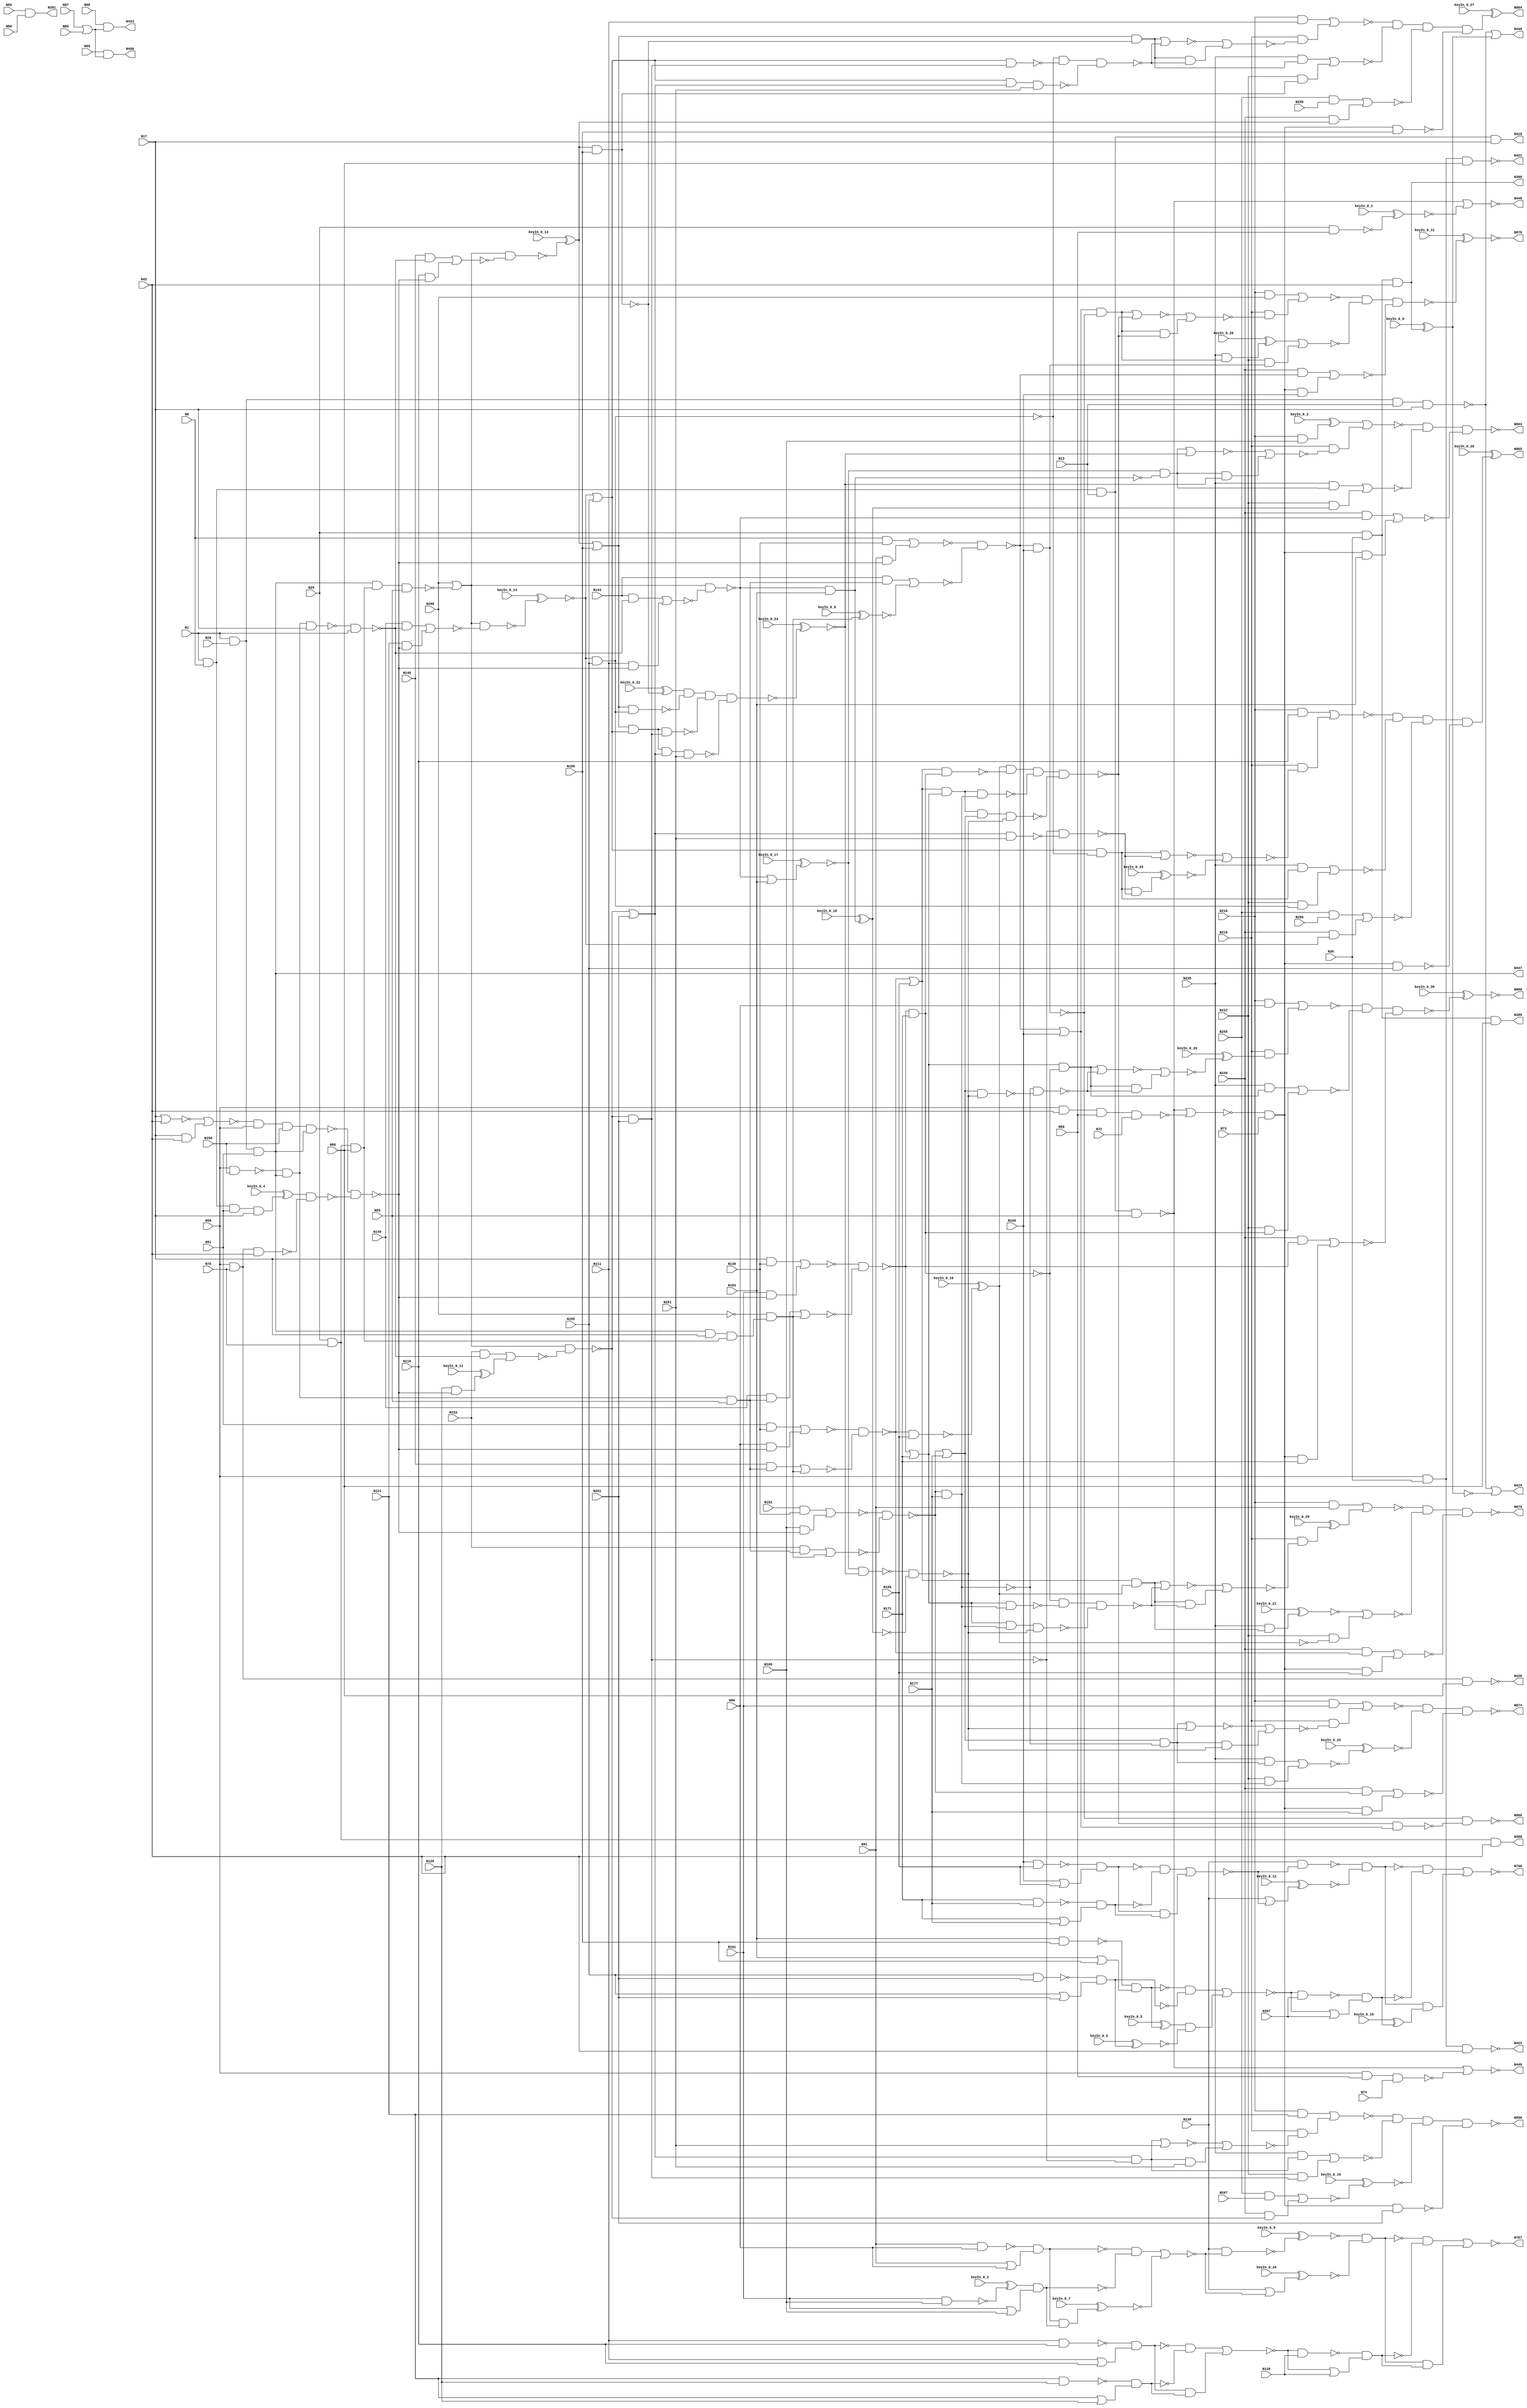
// This program was cloned from: https://github.com/matthewdelorenzo/CreativEval
// License: BSD 3-Clause "New" or "Revised" License

`timescale 1ns / 1ps
// Verilog
// c880
// Ninputs 60
// Noutputs 26
// NtotalGates 383
// NAND4 13
// AND3 12
// NAND2 60
// NAND3 14
// AND2 105
// OR2 29
// NOT1 63
// NOR2 61
// BUFF1 26

module top (N1,N8,N13,N17,N26,N29,N36,N42,N51,N55,
             N59,N68,N72,N73,N74,N75,N80,N85,N86,N87,
             N88,N89,N90,N91,N96,N101,N106,N111,N116,N121,
             N126,N130,N135,N138,N143,N146,N149,N152,N153,N156,
             N159,N165,N171,N177,N183,N189,N195,N201,N207,N210,
             N219,N228,N237,N246,N255,N259,N260,N261,N267,N268,
             N388,N389,N390,N391,N418,N419,N420,N421,N422,N423,
             N446,N447,N448,N449,N450,N767,N768,N850,N863,N864,
                  N865,N866,N874,N878,N879,N880,
        keyIn_0_0, keyIn_0_1, keyIn_0_2, keyIn_0_3, keyIn_0_4,
        keyIn_0_5, keyIn_0_6, keyIn_0_7, keyIn_0_8, keyIn_0_9,
        keyIn_0_10, keyIn_0_11, keyIn_0_12, keyIn_0_13, keyIn_0_14,
        keyIn_0_15, keyIn_0_16, keyIn_0_17, keyIn_0_18, keyIn_0_19,
        keyIn_0_20, keyIn_0_21, keyIn_0_22, keyIn_0_23, keyIn_0_24,
        keyIn_0_25, keyIn_0_26, keyIn_0_27, keyIn_0_28, keyIn_0_29,
        keyIn_0_30, keyIn_0_31);

  input keyIn_0_0, keyIn_0_1, keyIn_0_2, keyIn_0_3, keyIn_0_4;
  input keyIn_0_5, keyIn_0_6, keyIn_0_7, keyIn_0_8, keyIn_0_9;
  input keyIn_0_10, keyIn_0_11, keyIn_0_12, keyIn_0_13, keyIn_0_14;
  input keyIn_0_15, keyIn_0_16, keyIn_0_17, keyIn_0_18, keyIn_0_19;
  input keyIn_0_20, keyIn_0_21, keyIn_0_22, keyIn_0_23, keyIn_0_24;
  input keyIn_0_25, keyIn_0_26, keyIn_0_27, keyIn_0_28, keyIn_0_29;
  input keyIn_0_30, keyIn_0_31;

  wire [0:31] KeyWire_0;
  wire [0:19] KeyNOTWire_0;

input N1,N8,N13,N17,N26,N29,N36,N42,N51,N55,
      N59,N68,N72,N73,N74,N75,N80,N85,N86,N87,
      N88,N89,N90,N91,N96,N101,N106,N111,N116,N121,
      N126,N130,N135,N138,N143,N146,N149,N152,N153,N156,
      N159,N165,N171,N177,N183,N189,N195,N201,N207,N210,
      N219,N228,N237,N246,N255,N259,N260,N261,N267,N268;

output N388,N389,N390,N391,N418,N419,N420,N421,N422,N423,
       N446,N447,N448,N449,N450,N767,N768,N850,N863,N864,
       N865,N866,N874,N878,N879,N880;

wire N269,N270,N273,N276,N279,N280,N284,N285,N286,N287,
     N290,N291,N292,N293,N294,N295,N296,N297,N298,N301,
     N302,N303,N304,N305,N306,N307,N308,N309,N310,N316,
     N317,N318,N319,N322,N323,N324,N325,N326,N327,N328,
     N329,N330,N331,N332,N333,N334,N335,N336,N337,N338,
     N339,N340,N341,N342,N343,N344,N345,N346,N347,N348,
     N349,N350,N351,N352,N353,N354,N355,N356,N357,N360,
     N363,N366,N369,N375,N376,N379,N382,N385,N392,N393,
     N399,N400,N401,N402,N403,N404,N405,N406,N407,N408,
     N409,N410,N411,N412,N413,N414,N415,N416,N417,N424,
     N425,N426,N427,N432,N437,N442,N443,N444,N445,N451,
     N460,N463,N466,N475,N476,N477,N478,N479,N480,N481,
     N482,N483,N488,N489,N490,N491,N492,N495,N498,N499,
     N500,N501,N502,N503,N504,N505,N506,N507,N508,N509,
     N510,N511,N512,N513,N514,N515,N516,N517,N518,N519,
     N520,N521,N522,N523,N524,N525,N526,N527,N528,N529,
     N530,N533,N536,N537,N538,N539,N540,N541,N542,N543,
     N544,N547,N550,N551,N552,N553,N557,N561,N565,N569,
     N573,N577,N581,N585,N586,N587,N588,N589,N590,N593,
     N596,N597,N600,N605,N606,N609,N615,N616,N619,N624,
     N625,N628,N631,N632,N635,N640,N641,N644,N650,N651,
     N654,N659,N660,N661,N662,N665,N669,N670,N673,N677,
     N678,N682,N686,N687,N692,N696,N697,N700,N704,N705,
     N708,N712,N713,N717,N721,N722,N727,N731,N732,N733,
     N734,N735,N736,N737,N738,N739,N740,N741,N742,N743,
     N744,N745,N746,N747,N748,N749,N750,N751,N752,N753,
     N754,N755,N756,N757,N758,N759,N760,N761,N762,N763,
     N764,N765,N766,N769,N770,N771,N772,N773,N777,N778,
     N781,N782,N785,N786,N787,N788,N789,N790,N791,N792,
     N793,N794,N795,N796,N802,N803,N804,N805,N806,N807,
     N808,N809,N810,N811,N812,N813,N814,N815,N819,N822,
     N825,N826,N827,N828,N829,N830,N831,N832,N833,N834,
     N835,N836,N837,N838,N839,N840,N841,N842,N843,N844,
     N845,N846,N847,N848,N849,N851,N852,N853,N854,N855,
     N856,N857,N858,N859,N860,N861,N862,N867,N868,N869,
     N870,N871,N872,N873,N875,N876,N877;

nand NAND4_1 (N269, N1, N8, N13, N17);
nand NAND4_2 (N270, N1, N26, N13, N17);
  and AND3_3 (KeyWire_0[0], N29, N36, N42);
  xor KeyGate_0_0(KeyNOTWire_0[0], keyIn_0_0, KeyWire_0[0]);
  not KeyNOTGate_0_0(N273, KeyNOTWire_0[0]);
and AND3_4 (N276, N1, N26, N51);
nand NAND4_5 (N279, N1, N8, N51, N17);
nand NAND4_6 (N280, N1, N8, N13, N55);
nand NAND4_7 (N284, N59, N42, N68, N72);
  nand NAND2_8 (KeyWire_0[1], N29, N68);
  xnor KeyGate_0_1(N285, keyIn_0_1, KeyWire_0[1]);
nand NAND3_9 (N286, N59, N68, N74);
and AND3_10 (N287, N29, N75, N80);
and AND3_11 (N290, N29, N75, N42);
and AND3_12 (N291, N29, N36, N80);
and AND3_13 (N292, N29, N36, N42);
and AND3_14 (N293, N59, N75, N80);
and AND3_15 (N294, N59, N75, N42);
and AND3_16 (N295, N59, N36, N80);
and AND3_17 (N296, N59, N36, N42);
and AND2_18 (N297, N85, N86);
or OR2_19 (N298, N87, N88);
nand NAND2_20 (N301, N91, N96);
or OR2_21 (N302, N91, N96);
  nand NAND2_22 (KeyWire_0[2], N101, N106);
  xor KeyGate_0_2(N303, keyIn_0_2, KeyWire_0[2]);
or OR2_23 (N304, N101, N106);
nand NAND2_24 (N305, N111, N116);
or OR2_25 (N306, N111, N116);
nand NAND2_26 (N307, N121, N126);
or OR2_27 (N308, N121, N126);
and AND2_28 (N309, N8, N138);
not NOT1_29 (N310, N268);
and AND2_30 (N316, N51, N138);
and AND2_31 (N317, N17, N138);
and AND2_32 (N318, N152, N138);
nand NAND2_33 (N319, N59, N156);
nor NOR2_34 (N322, N17, N42);
and AND2_35 (N323, N17, N42);
nand NAND2_36 (N324, N159, N165);
or OR2_37 (N325, N159, N165);
nand NAND2_38 (N326, N171, N177);
or OR2_39 (N327, N171, N177);
nand NAND2_40 (N328, N183, N189);
or OR2_41 (N329, N183, N189);
nand NAND2_42 (N330, N195, N201);
or OR2_43 (N331, N195, N201);
and AND2_44 (N332, N210, N91);
and AND2_45 (N333, N210, N96);
and AND2_46 (N334, N210, N101);
  and AND2_47 (KeyWire_0[3], N210, N106);
  xnor KeyGate_0_3(KeyNOTWire_0[1], keyIn_0_3, KeyWire_0[3]);
  not KeyNOTGate_0_1(N335, KeyNOTWire_0[1]);
and AND2_48 (N336, N210, N111);
and AND2_49 (N337, N255, N259);
and AND2_50 (N338, N210, N116);
and AND2_51 (N339, N255, N260);
and AND2_52 (N340, N210, N121);
and AND2_53 (N341, N255, N267);
not NOT1_54 (N342, N269);
not NOT1_55 (N343, N273);
or OR2_56 (N344, N270, N273);
not NOT1_57 (N345, N276);
not NOT1_58 (N346, N276);
  not NOT1_59 (KeyWire_0[4], N279);
  xnor KeyGate_0_4(KeyNOTWire_0[2], keyIn_0_4, KeyWire_0[4]);
  not KeyNOTGate_0_2(N347, KeyNOTWire_0[2]);
nor NOR2_60 (N348, N280, N284);
or OR2_61 (N349, N280, N285);
or OR2_62 (N350, N280, N286);
not NOT1_63 (N351, N293);
not NOT1_64 (N352, N294);
not NOT1_65 (N353, N295);
not NOT1_66 (N354, N296);
nand NAND2_67 (N355, N89, N298);
and AND2_68 (N356, N90, N298);
nand NAND2_69 (N357, N301, N302);
nand NAND2_70 (N360, N303, N304);
nand NAND2_71 (N363, N305, N306);
nand NAND2_72 (N366, N307, N308);
not NOT1_73 (N369, N310);
nor NOR2_74 (N375, N322, N323);
nand NAND2_75 (N376, N324, N325);
nand NAND2_76 (N379, N326, N327);
nand NAND2_77 (N382, N328, N329);
nand NAND2_78 (N385, N330, N331);
buf BUFF1_79 (N388, N290);
buf BUFF1_80 (N389, N291);
buf BUFF1_81 (N390, N292);
buf BUFF1_82 (N391, N297);
or OR2_83 (N392, N270, N343);
not NOT1_84 (N393, N345);
not NOT1_85 (N399, N346);
and AND2_86 (N400, N348, N73);
not NOT1_87 (N401, N349);
not NOT1_88 (N402, N350);
not NOT1_89 (N403, N355);
not NOT1_90 (N404, N357);
not NOT1_91 (N405, N360);
and AND2_92 (N406, N357, N360);
not NOT1_93 (N407, N363);
not NOT1_94 (N408, N366);
and AND2_95 (N409, N363, N366);
nand NAND2_96 (N410, N347, N352);
not NOT1_97 (N411, N376);
not NOT1_98 (N412, N379);
and AND2_99 (N413, N376, N379);
  not NOT1_100 (KeyWire_0[5], N382);
  xnor KeyGate_0_5(KeyNOTWire_0[3], keyIn_0_5, KeyWire_0[5]);
  not KeyNOTGate_0_3(N414, KeyNOTWire_0[3]);
  not NOT1_101 (KeyWire_0[6], N385);
  xnor KeyGate_0_6(N415, keyIn_0_6, KeyWire_0[6]);
and AND2_102 (N416, N382, N385);
and AND2_103 (N417, N210, N369);
buf BUFF1_104 (N418, N342);
buf BUFF1_105 (N419, N344);
buf BUFF1_106 (N420, N351);
buf BUFF1_107 (N421, N353);
buf BUFF1_108 (N422, N354);
buf BUFF1_109 (N423, N356);
not NOT1_110 (N424, N400);
  and AND2_111 (KeyWire_0[7], N404, N405);
  xnor KeyGate_0_7(N425, keyIn_0_7, KeyWire_0[7]);
and AND2_112 (N426, N407, N408);
and AND3_113 (N427, N319, N393, N55);
and AND3_114 (N432, N393, N17, N287);
nand NAND3_115 (N437, N393, N287, N55);
nand NAND4_116 (N442, N375, N59, N156, N393);
nand NAND3_117 (N443, N393, N319, N17);
and AND2_118 (N444, N411, N412);
and AND2_119 (N445, N414, N415);
buf BUFF1_120 (N446, N392);
buf BUFF1_121 (N447, N399);
buf BUFF1_122 (N448, N401);
buf BUFF1_123 (N449, N402);
buf BUFF1_124 (N450, N403);
not NOT1_125 (N451, N424);
nor NOR2_126 (N460, N406, N425);
nor NOR2_127 (N463, N409, N426);
nand NAND2_128 (N466, N442, N410);
and AND2_129 (N475, N143, N427);
  and AND2_130 (KeyWire_0[8], N310, N432);
  xor KeyGate_0_8(KeyNOTWire_0[4], keyIn_0_8, KeyWire_0[8]);
  not KeyNOTGate_0_4(N476, KeyNOTWire_0[4]);
and AND2_131 (N477, N146, N427);
and AND2_132 (N478, N310, N432);
and AND2_133 (N479, N149, N427);
and AND2_134 (N480, N310, N432);
and AND2_135 (N481, N153, N427);
and AND2_136 (N482, N310, N432);
nand NAND2_137 (N483, N443, N1);
or OR2_138 (N488, N369, N437);
or OR2_139 (N489, N369, N437);
or OR2_140 (N490, N369, N437);
or OR2_141 (N491, N369, N437);
nor NOR2_142 (N492, N413, N444);
nor NOR2_143 (N495, N416, N445);
  nand NAND2_144 (KeyWire_0[9], N130, N460);
  xnor KeyGate_0_9(N498, keyIn_0_9, KeyWire_0[9]);
  or OR2_145 (KeyWire_0[10], N130, N460);
  xor KeyGate_0_10(KeyNOTWire_0[5], keyIn_0_10, KeyWire_0[10]);
  not KeyNOTGate_0_5(N499, KeyNOTWire_0[5]);
nand NAND2_146 (N500, N463, N135);
or OR2_147 (N501, N463, N135);
and AND2_148 (N502, N91, N466);
nor NOR2_149 (N503, N475, N476);
and AND2_150 (N504, N96, N466);
nor NOR2_151 (N505, N477, N478);
and AND2_152 (N506, N101, N466);
nor NOR2_153 (N507, N479, N480);
and AND2_154 (N508, N106, N466);
nor NOR2_155 (N509, N481, N482);
and AND2_156 (N510, N143, N483);
and AND2_157 (N511, N111, N466);
and AND2_158 (N512, N146, N483);
and AND2_159 (N513, N116, N466);
and AND2_160 (N514, N149, N483);
and AND2_161 (N515, N121, N466);
and AND2_162 (N516, N153, N483);
  and AND2_163 (KeyWire_0[11], N126, N466);
  xnor KeyGate_0_11(KeyNOTWire_0[6], keyIn_0_11, KeyWire_0[11]);
  not KeyNOTGate_0_6(N517, KeyNOTWire_0[6]);
nand NAND2_164 (N518, N130, N492);
  or OR2_165 (KeyWire_0[12], N130, N492);
  xor KeyGate_0_12(KeyNOTWire_0[7], keyIn_0_12, KeyWire_0[12]);
  not KeyNOTGate_0_7(N519, KeyNOTWire_0[7]);
nand NAND2_166 (N520, N495, N207);
or OR2_167 (N521, N495, N207);
and AND2_168 (N522, N451, N159);
and AND2_169 (N523, N451, N165);
and AND2_170 (N524, N451, N171);
and AND2_171 (N525, N451, N177);
and AND2_172 (N526, N451, N183);
nand NAND2_173 (N527, N451, N189);
nand NAND2_174 (N528, N451, N195);
nand NAND2_175 (N529, N451, N201);
nand NAND2_176 (N530, N498, N499);
nand NAND2_177 (N533, N500, N501);
nor NOR2_178 (N536, N309, N502);
nor NOR2_179 (N537, N316, N504);
nor NOR2_180 (N538, N317, N506);
nor NOR2_181 (N539, N318, N508);
nor NOR2_182 (N540, N510, N511);
nor NOR2_183 (N541, N512, N513);
nor NOR2_184 (N542, N514, N515);
nor NOR2_185 (N543, N516, N517);
nand NAND2_186 (N544, N518, N519);
nand NAND2_187 (N547, N520, N521);
not NOT1_188 (N550, N530);
not NOT1_189 (N551, N533);
and AND2_190 (N552, N530, N533);
nand NAND2_191 (N553, N536, N503);
nand NAND2_192 (N557, N537, N505);
nand NAND2_193 (N561, N538, N507);
nand NAND2_194 (N565, N539, N509);
nand NAND2_195 (N569, N488, N540);
  nand NAND2_196 (KeyWire_0[13], N489, N541);
  xor KeyGate_0_13(N573, keyIn_0_13, KeyWire_0[13]);
  nand NAND2_197 (KeyWire_0[14], N490, N542);
  xor KeyGate_0_14(KeyNOTWire_0[8], keyIn_0_14, KeyWire_0[14]);
  not KeyNOTGate_0_8(N577, KeyNOTWire_0[8]);
nand NAND2_198 (N581, N491, N543);
not NOT1_199 (N585, N544);
  not NOT1_200 (KeyWire_0[15], N547);
  xor KeyGate_0_15(N586, keyIn_0_15, KeyWire_0[15]);
and AND2_201 (N587, N544, N547);
and AND2_202 (N588, N550, N551);
and AND2_203 (N589, N585, N586);
nand NAND2_204 (N590, N553, N159);
or OR2_205 (N593, N553, N159);
and AND2_206 (N596, N246, N553);
  nand NAND2_207 (KeyWire_0[16], N557, N165);
  xnor KeyGate_0_16(KeyNOTWire_0[9], keyIn_0_16, KeyWire_0[16]);
  not KeyNOTGate_0_9(N597, KeyNOTWire_0[9]);
or OR2_208 (N600, N557, N165);
and AND2_209 (N605, N246, N557);
nand NAND2_210 (N606, N561, N171);
or OR2_211 (N609, N561, N171);
and AND2_212 (N615, N246, N561);
nand NAND2_213 (N616, N565, N177);
or OR2_214 (N619, N565, N177);
and AND2_215 (N624, N246, N565);
nand NAND2_216 (N625, N569, N183);
  or OR2_217 (KeyWire_0[17], N569, N183);
  xor KeyGate_0_17(KeyNOTWire_0[10], keyIn_0_17, KeyWire_0[17]);
  not KeyNOTGate_0_10(N628, KeyNOTWire_0[10]);
and AND2_218 (N631, N246, N569);
nand NAND2_219 (N632, N573, N189);
or OR2_220 (N635, N573, N189);
and AND2_221 (N640, N246, N573);
nand NAND2_222 (N641, N577, N195);
or OR2_223 (N644, N577, N195);
and AND2_224 (N650, N246, N577);
nand NAND2_225 (N651, N581, N201);
or OR2_226 (N654, N581, N201);
and AND2_227 (N659, N246, N581);
nor NOR2_228 (N660, N552, N588);
nor NOR2_229 (N661, N587, N589);
not NOT1_230 (N662, N590);
and AND2_231 (N665, N593, N590);
nor NOR2_232 (N669, N596, N522);
not NOT1_233 (N670, N597);
and AND2_234 (N673, N600, N597);
nor NOR2_235 (N677, N605, N523);
not NOT1_236 (N678, N606);
and AND2_237 (N682, N609, N606);
nor NOR2_238 (N686, N615, N524);
not NOT1_239 (N687, N616);
and AND2_240 (N692, N619, N616);
nor NOR2_241 (N696, N624, N525);
  not NOT1_242 (KeyWire_0[18], N625);
  xnor KeyGate_0_18(KeyNOTWire_0[11], keyIn_0_18, KeyWire_0[18]);
  not KeyNOTGate_0_11(N697, KeyNOTWire_0[11]);
and AND2_243 (N700, N628, N625);
nor NOR2_244 (N704, N631, N526);
not NOT1_245 (N705, N632);
and AND2_246 (N708, N635, N632);
nor NOR2_247 (N712, N337, N640);
not NOT1_248 (N713, N641);
and AND2_249 (N717, N644, N641);
nor NOR2_250 (N721, N339, N650);
not NOT1_251 (N722, N651);
and AND2_252 (N727, N654, N651);
  nor NOR2_253 (KeyWire_0[19], N341, N659);
  xor KeyGate_0_19(KeyNOTWire_0[12], keyIn_0_19, KeyWire_0[19]);
  not KeyNOTGate_0_12(N731, KeyNOTWire_0[12]);
nand NAND2_254 (N732, N654, N261);
nand NAND3_255 (N733, N644, N654, N261);
nand NAND4_256 (N734, N635, N644, N654, N261);
not NOT1_257 (N735, N662);
  and AND2_258 (KeyWire_0[20], N228, N665);
  xor KeyGate_0_20(N736, keyIn_0_20, KeyWire_0[20]);
and AND2_259 (N737, N237, N662);
not NOT1_260 (N738, N670);
  and AND2_261 (KeyWire_0[21], N228, N673);
  xnor KeyGate_0_21(N739, keyIn_0_21, KeyWire_0[21]);
and AND2_262 (N740, N237, N670);
not NOT1_263 (N741, N678);
and AND2_264 (N742, N228, N682);
and AND2_265 (N743, N237, N678);
not NOT1_266 (N744, N687);
and AND2_267 (N745, N228, N692);
and AND2_268 (N746, N237, N687);
not NOT1_269 (N747, N697);
and AND2_270 (N748, N228, N700);
and AND2_271 (N749, N237, N697);
  not NOT1_272 (KeyWire_0[22], N705);
  xnor KeyGate_0_22(KeyNOTWire_0[13], keyIn_0_22, KeyWire_0[22]);
  not KeyNOTGate_0_13(N750, KeyNOTWire_0[13]);
and AND2_273 (N751, N228, N708);
and AND2_274 (N752, N237, N705);
not NOT1_275 (N753, N713);
and AND2_276 (N754, N228, N717);
and AND2_277 (N755, N237, N713);
not NOT1_278 (N756, N722);
nor NOR2_279 (N757, N727, N261);
and AND2_280 (N758, N727, N261);
and AND2_281 (N759, N228, N727);
and AND2_282 (N760, N237, N722);
nand NAND2_283 (N761, N644, N722);
nand NAND2_284 (N762, N635, N713);
nand NAND3_285 (N763, N635, N644, N722);
nand NAND2_286 (N764, N609, N687);
nand NAND2_287 (N765, N600, N678);
nand NAND3_288 (N766, N600, N609, N687);
buf BUFF1_289 (N767, N660);
buf BUFF1_290 (N768, N661);
nor NOR2_291 (N769, N736, N737);
nor NOR2_292 (N770, N739, N740);
nor NOR2_293 (N771, N742, N743);
  nor NOR2_294 (KeyWire_0[23], N745, N746);
  xor KeyGate_0_23(KeyNOTWire_0[14], keyIn_0_23, KeyWire_0[23]);
  not KeyNOTGate_0_14(N772, KeyNOTWire_0[14]);
  nand NAND4_295 (KeyWire_0[24], N750, N762, N763, N734);
  xor KeyGate_0_24(KeyNOTWire_0[15], keyIn_0_24, KeyWire_0[24]);
  not KeyNOTGate_0_15(N773, KeyNOTWire_0[15]);
nor NOR2_296 (N777, N748, N749);
nand NAND3_297 (N778, N753, N761, N733);
nor NOR2_298 (N781, N751, N752);
nand NAND2_299 (N782, N756, N732);
nor NOR2_300 (N785, N754, N755);
nor NOR2_301 (N786, N757, N758);
nor NOR2_302 (N787, N759, N760);
nor NOR2_303 (N788, N700, N773);
and AND2_304 (N789, N700, N773);
nor NOR2_305 (N790, N708, N778);
and AND2_306 (N791, N708, N778);
nor NOR2_307 (N792, N717, N782);
  and AND2_308 (KeyWire_0[25], N717, N782);
  xor KeyGate_0_25(KeyNOTWire_0[16], keyIn_0_25, KeyWire_0[25]);
  not KeyNOTGate_0_16(N793, KeyNOTWire_0[16]);
and AND2_309 (N794, N219, N786);
nand NAND2_310 (N795, N628, N773);
nand NAND2_311 (N796, N795, N747);
nor NOR2_312 (N802, N788, N789);
nor NOR2_313 (N803, N790, N791);
nor NOR2_314 (N804, N792, N793);
nor NOR2_315 (N805, N340, N794);
nor NOR2_316 (N806, N692, N796);
and AND2_317 (N807, N692, N796);
and AND2_318 (N808, N219, N802);
and AND2_319 (N809, N219, N803);
and AND2_320 (N810, N219, N804);
nand NAND4_321 (N811, N805, N787, N731, N529);
nand NAND2_322 (N812, N619, N796);
nand NAND3_323 (N813, N609, N619, N796);
nand NAND4_324 (N814, N600, N609, N619, N796);
nand NAND4_325 (N815, N738, N765, N766, N814);
nand NAND3_326 (N819, N741, N764, N813);
nand NAND2_327 (N822, N744, N812);
nor NOR2_328 (N825, N806, N807);
nor NOR2_329 (N826, N335, N808);
nor NOR2_330 (N827, N336, N809);
nor NOR2_331 (N828, N338, N810);
not NOT1_332 (N829, N811);
nor NOR2_333 (N830, N665, N815);
and AND2_334 (N831, N665, N815);
nor NOR2_335 (N832, N673, N819);
and AND2_336 (N833, N673, N819);
nor NOR2_337 (N834, N682, N822);
and AND2_338 (N835, N682, N822);
and AND2_339 (N836, N219, N825);
nand NAND3_340 (N837, N826, N777, N704);
nand NAND4_341 (N838, N827, N781, N712, N527);
nand NAND4_342 (N839, N828, N785, N721, N528);
not NOT1_343 (N840, N829);
nand NAND2_344 (N841, N815, N593);
nor NOR2_345 (N842, N830, N831);
nor NOR2_346 (N843, N832, N833);
  nor NOR2_347 (KeyWire_0[26], N834, N835);
  xnor KeyGate_0_26(KeyNOTWire_0[17], keyIn_0_26, KeyWire_0[26]);
  not KeyNOTGate_0_17(N844, KeyNOTWire_0[17]);
nor NOR2_348 (N845, N334, N836);
not NOT1_349 (N846, N837);
  not NOT1_350 (KeyWire_0[27], N838);
  xnor KeyGate_0_27(N847, keyIn_0_27, KeyWire_0[27]);
  not NOT1_351 (KeyWire_0[28], N839);
  xnor KeyGate_0_28(N848, keyIn_0_28, KeyWire_0[28]);
and AND2_352 (N849, N735, N841);
buf BUFF1_353 (N850, N840);
and AND2_354 (N851, N219, N842);
  and AND2_355 (KeyWire_0[29], N219, N843);
  xor KeyGate_0_29(N852, keyIn_0_29, KeyWire_0[29]);
and AND2_356 (N853, N219, N844);
nand NAND3_357 (N854, N845, N772, N696);
not NOT1_358 (N855, N846);
not NOT1_359 (N856, N847);
not NOT1_360 (N857, N848);
not NOT1_361 (N858, N849);
nor NOR2_362 (N859, N417, N851);
nor NOR2_363 (N860, N332, N852);
nor NOR2_364 (N861, N333, N853);
not NOT1_365 (N862, N854);
buf BUFF1_366 (N863, N855);
buf BUFF1_367 (N864, N856);
buf BUFF1_368 (N865, N857);
buf BUFF1_369 (N866, N858);
nand NAND3_370 (N867, N859, N769, N669);
nand NAND3_371 (N868, N860, N770, N677);
  nand NAND3_372 (KeyWire_0[30], N861, N771, N686);
  xor KeyGate_0_30(KeyNOTWire_0[18], keyIn_0_30, KeyWire_0[30]);
  not KeyNOTGate_0_18(N869, KeyNOTWire_0[18]);
not NOT1_373 (N870, N862);
not NOT1_374 (N871, N867);
not NOT1_375 (N872, N868);
not NOT1_376 (N873, N869);
buf BUFF1_377 (N874, N870);
  not NOT1_378 (KeyWire_0[31], N871);
  xor KeyGate_0_31(KeyNOTWire_0[19], keyIn_0_31, KeyWire_0[31]);
  not KeyNOTGate_0_19(N875, KeyNOTWire_0[19]);
not NOT1_379 (N876, N872);
not NOT1_380 (N877, N873);
buf BUFF1_381 (N878, N875);
buf BUFF1_382 (N879, N876);
buf BUFF1_383 (N880, N877);

endmodule